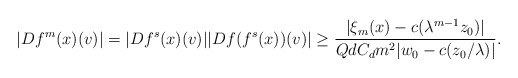
\begin{align*}|Df^{m}(x)(v)|= |Df^{s}(x)(v)||Df(f^s(x))(v)|\geq \frac{|\xi_{m}(x)-c(\lambda^{m-1}z_0)|}{QdC_d m^2 |w_0-c(z_{0}/\lambda)| }.\end{align*}